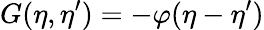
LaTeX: G(\eta,\eta^{\prime})=-\varphi(\eta-\eta^{\prime})